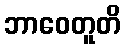
ဘာဝေတူတိ